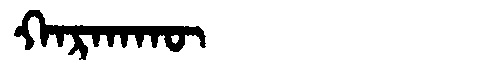
Manchu: ᡴᠠᡵᡴᠠᡴᡡ
Romanization: KARKAKŪ